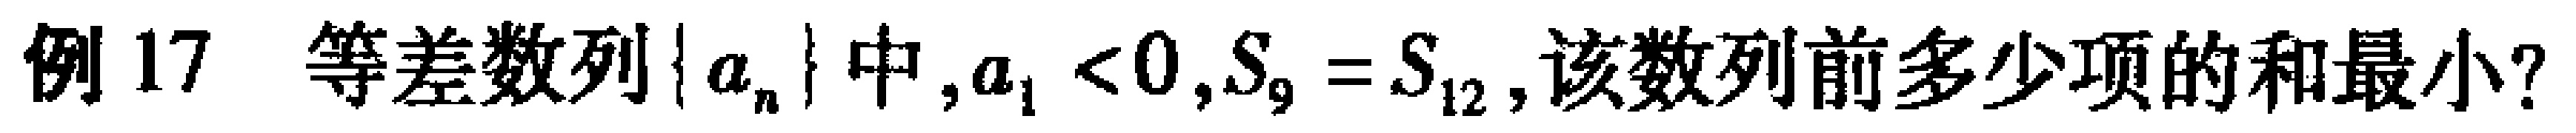
例17 等差数列\(\{ a_{n}\}\)中,\(a_{1}<0\),\(S_{9}=S_{12}\),该数列前多少项的和最小?